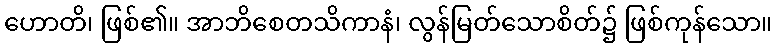
ဟောတိ၊ ဖြစ်၏။ အာဘိစေတသိကာနံ၊ လွန်မြတ်သောစိတ်၌ ဖြစ်ကုန်သော။